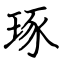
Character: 琢